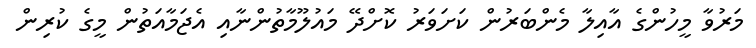
މަރުވާ މީހުންގެ އާއިލާ މެންބަރުން ކަށަވަރު ކޮށްދޭ މައުލޫމާތުންނާއި އެޖަމާއަތުން މީގެ ކުރިން